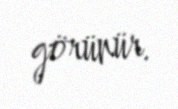
görünür.